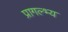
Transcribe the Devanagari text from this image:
प्रागल्भ्य